Scientific memoirs by medical officers of the Army of India - Part III,
Year: 1887
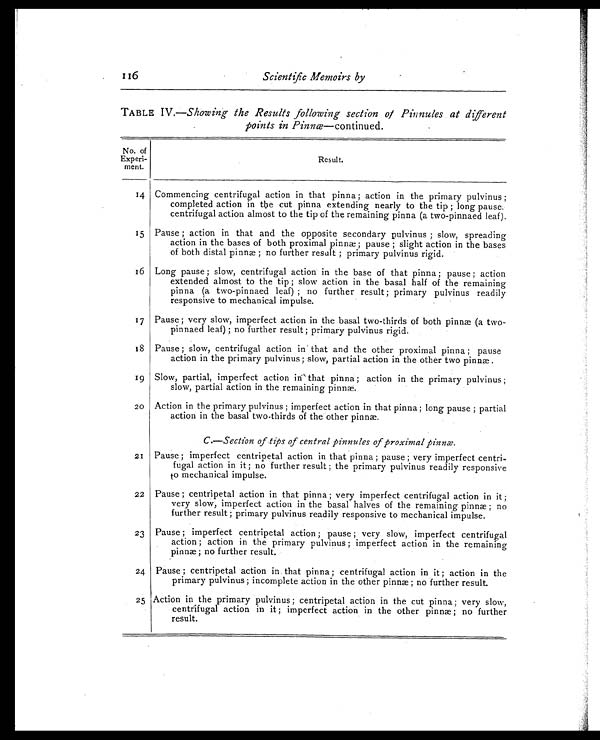
116
Scientific Memoirs by
TABLE IV .—Showing the Results following section of Pinnules at different
points in Pinnæ—continued.
No. of
Experi -
ment.
Resul t.
14 Commencing centrifugal action in that pinna ; action in the primary pulvinus ;
completed action in the cut pinna extending nearly to the tip ; long pause.
centrifugal action almost to the tip of the remaining pinna (a two-pinnaed leaf).
15 Pause ; action in that and the opposite secondary pulvinus ; slow, spreading
action in the bases of both proximal pinnæ ; pause slight action in the bases
of both distal pinnæ ; no further result ; primary pulvinus rigid.
16 Long pause ; slow, centrifugal action in the base of that pinna ; pause ; action
extended almost to the tip ; slow action in the basal half of the remaining
pinna (a two-pinnaed leaf) ; no further result ; primary pulvinus readily
responsive to mechanical impulse.
17 Pause ; very slow, imperfect action in the basal two-thirds of both pinnæ (a two-
pinnaed leaf) ; no further result ; primary pulvinus rigid.
18 Pause ; slow, centrifugal action in that and the other proximal pinna ; pause
action in the primary pulvinus ; slow, partial action in the other two pinnæ .
19 Slow, partial, imperfect action in that pinna ; action in the primary pulvinus ;
slow, partial action in the remaining pinnæ.
20 Action in the primary pulvinus ; imperfect action in that pinna ; long pause ; partial
action in the basal two-thirds of the other pinnæ.
C.—Section of tips of central pinnules of proximal pinnæ.
21 Pause ; imperfect centripetal action in that pinna ; pause ; very imperfect centri-
fugal action in it ; no further result ; the primary pulvinus readily responsive
to mechanical impulse.
22 Pause ; centripetal action in that pinna ; very imperfect centrifugal action in it ;
very slow, imperfect action in the basal halves of the remaining pinnæ ; no
further result ; primary pulvinus readily responsive to mechanical impulse.
23 Pause ; imperfect centripetal action ; pause ; very slow, imperfect centrifugal
action ; action in the primary pulvinus ; imperfect action in the remaining
pinnæ; no further result.
24 Pause ; centripetal action in that pinna ; centrifugal action in it ; action in the
primary pulvinus ; incomplete action in the other pinnæ ; no further result.
25 Action in the primary pulvinus ; centripetal action in the cut pinna ; very slow,
centrifugal action in it; imperfect action in the other pinnæ; no further
result.